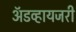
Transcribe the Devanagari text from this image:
ॲडव्हायजरी